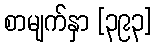
စာမျက်နှာ [၃၉၃]